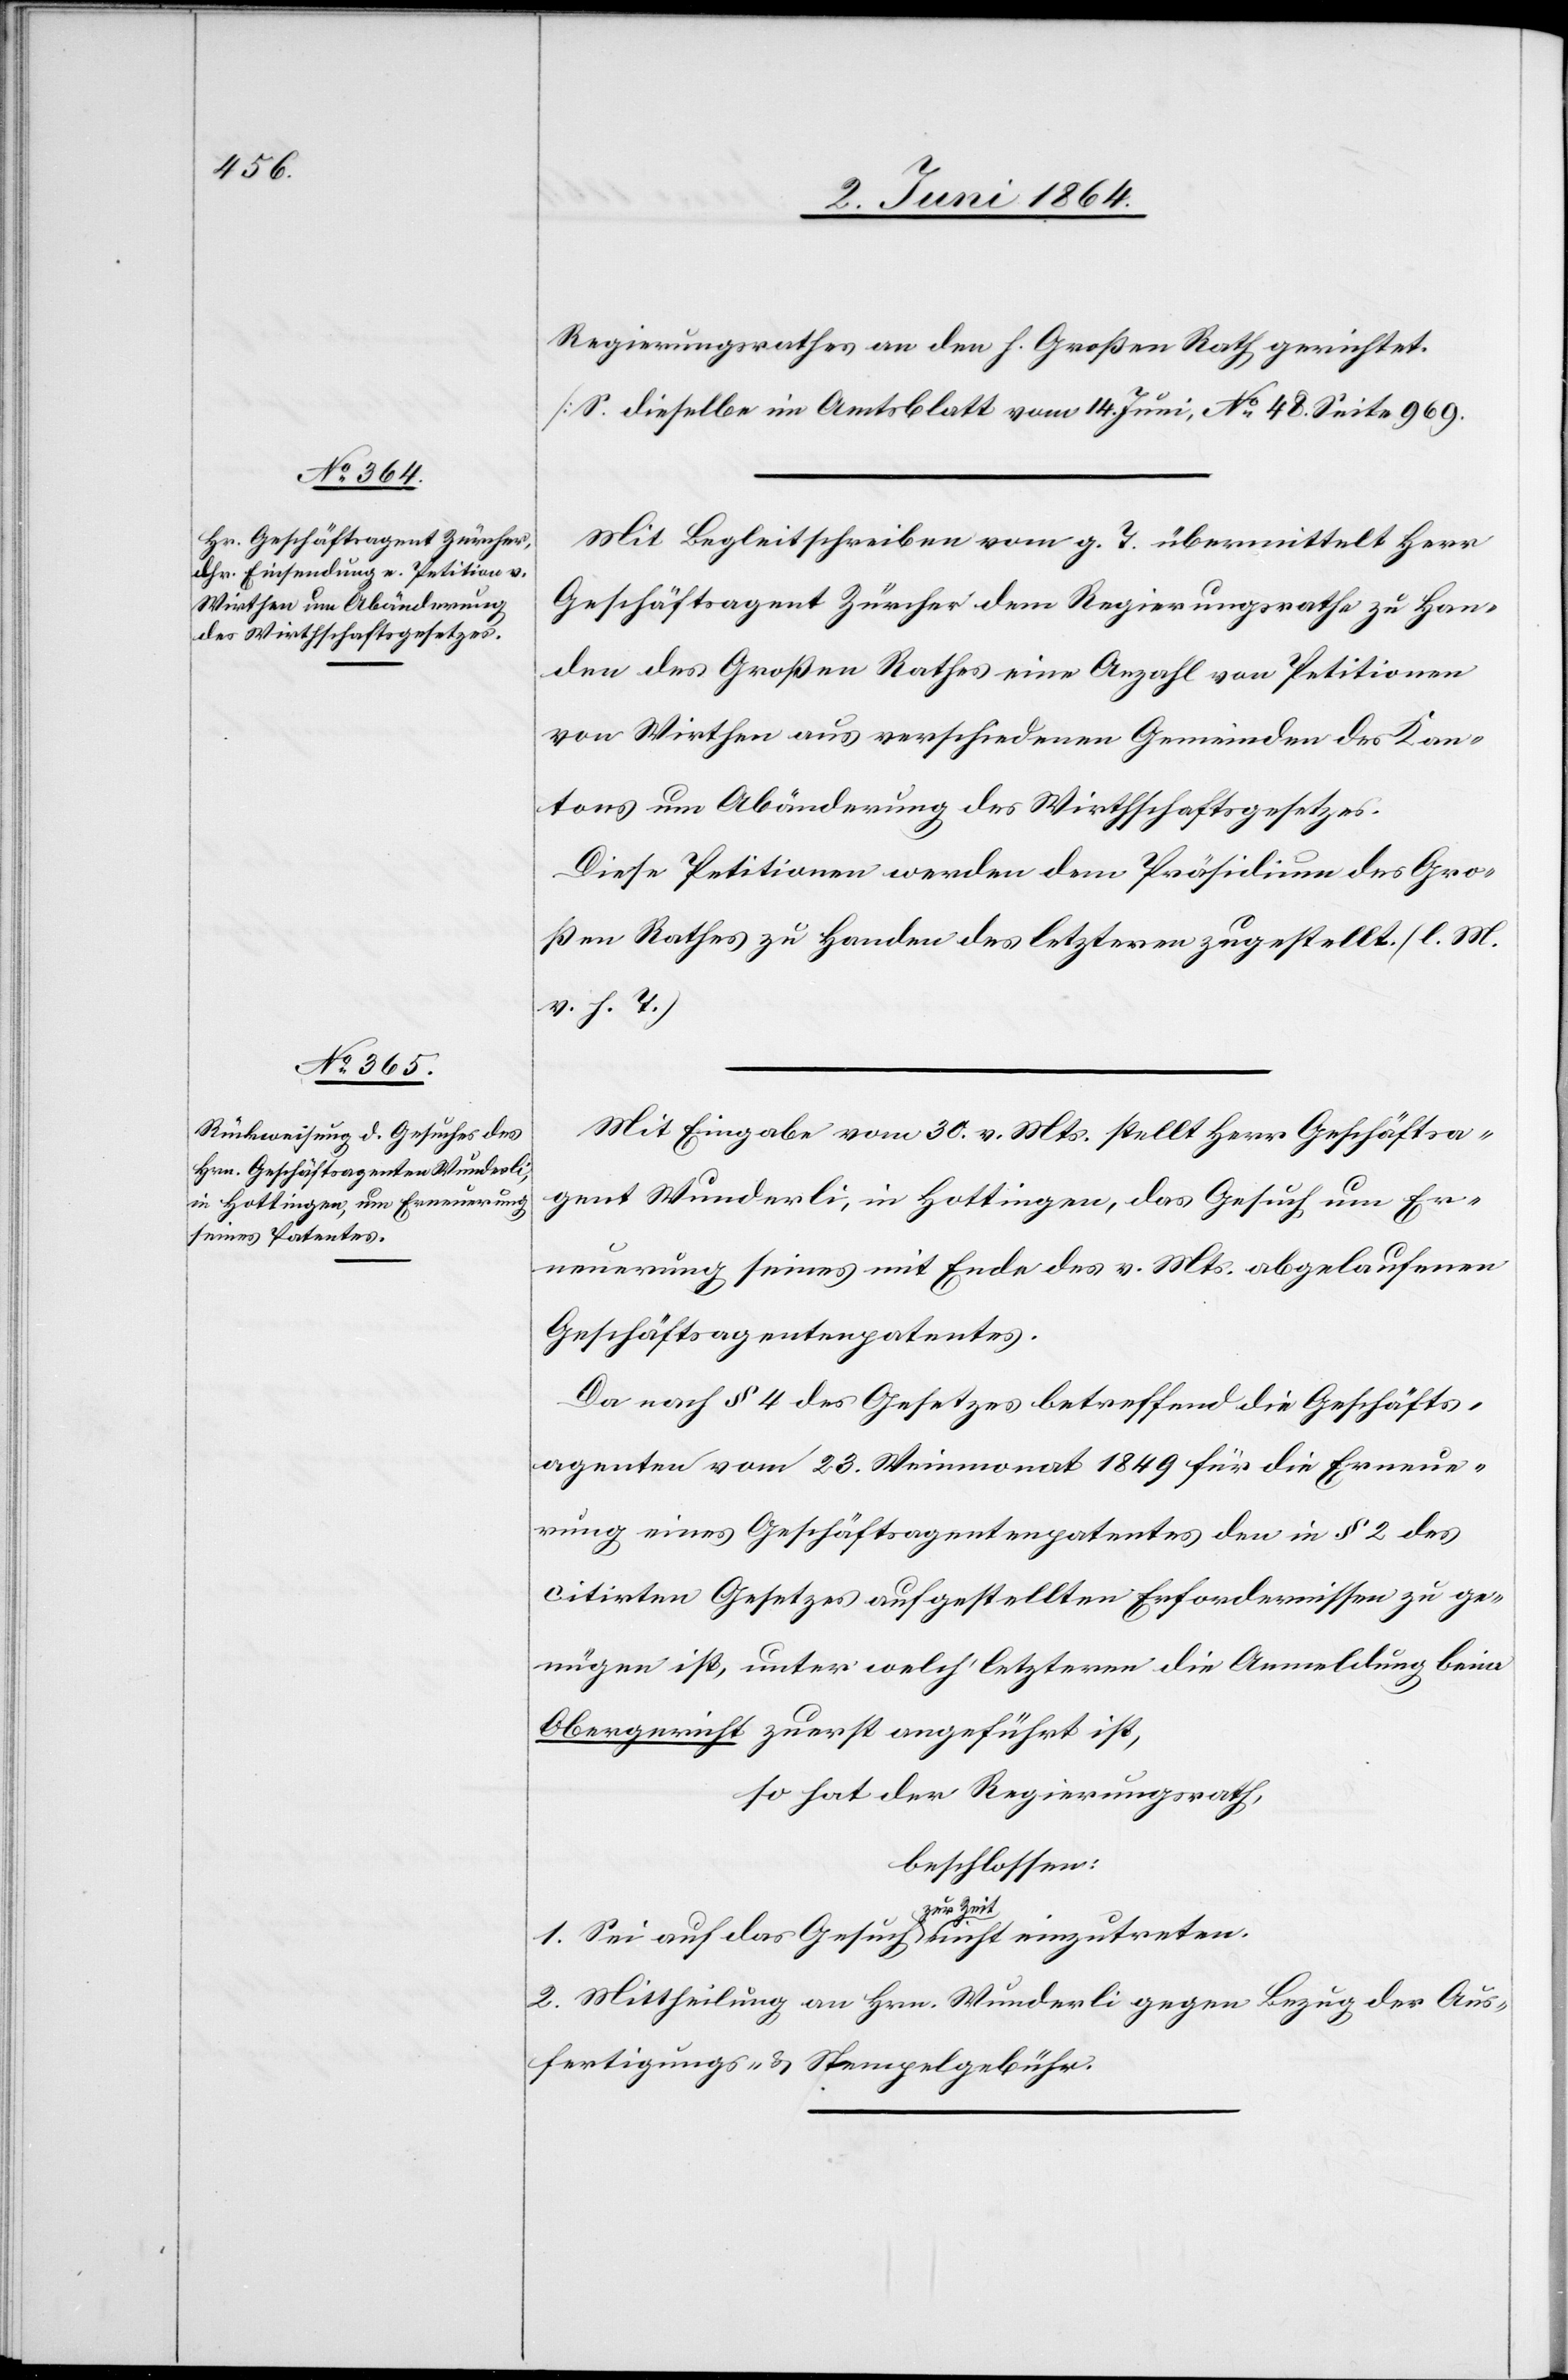
Regierungsrathes an den h. Großen Rath gerichtet.
[S. dieselbe im Amtsblatt vom 14. Juni, No 48. Seite 969.]
Mit Begleitschreiben vom g. T. übermittelt Herr
Geschäftsagent Zürcher dem Regierungsrathe zu Han¬
den des Großen Rathes eine Anzahl von Petitionen
von Wirthen aus verschiedenen Gemeinden des Kan¬
tons um Abänderung des Wirthschaftsgesetzes.
Diese Petitionen werden dem Präsidium des Gro¬
ßen Rathes zu Handen des letzteren zugestellt. (l. M.
v. h. T.)
Mit Eingabe vom 30. v. Mts. stellt Herr Geschäftsa¬
gent Wunderli, in Hottingen, das Gesuch um Er¬
neuerung seines mit Ende des v. Mts. abgelaufenen
Geschäftsagentenpatentes.
Da nach § 4 des Gesetzes betreffend die Geschäfts¬
agenten vom 23. Weinmonat 1849 für die Erneue¬
rung eines Geschäftsagentenpatentes den in § 2 des
citirten Gesetzes aufgestellten Erfordernissen zu ge¬
nügen ist, unter welch’ letzteren die Anmeldung beim
Obergericht zuerst angeführt ist,
so hat der Regierungsrath,
beschlossen:
1. Sei auf das Gesuch zur Zeit nicht einzutreten.
2. Mittheilung an Hrn. Wunderli gegen Bezug der Aus¬
fertigungs- u. Stempelgebühr.